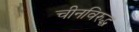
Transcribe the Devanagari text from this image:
चीनविरुद्ध